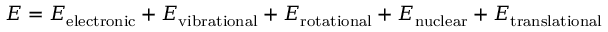
E = E _ { \mathrm { { e l e c t r o n i c } } } + E _ { \mathrm { { v i b r a t i o n a l } } } + E _ { \mathrm { { r o t a t i o n a l } } } + E _ { \mathrm { { n u c l e a r } } } + E _ { \mathrm { { t r a n s l a t i o n a l } } }